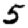
Digit: 5